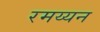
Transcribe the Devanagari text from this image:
रमय्यन